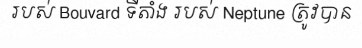
របស់ Bouvard ទីតាំង របស់ Neptune ត្រូវបាន